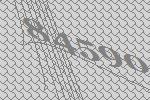
84590